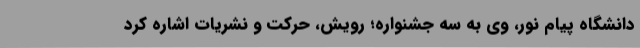
دانشگاه پیام نور، وی به سه جشنواره؛ رویش، حرکت و نشریات اشاره کرد